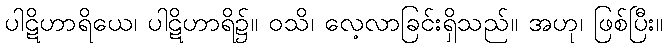
ပါဋိဟာရိယေ၊ ပါဋိဟာရိ၌။ ဝသိ၊ လေ့လာခြင်းရှိသည်။ အဟု၊ ဖြစ်ပြီး။